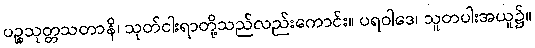
ပဉ္စသုတ္တသတာနိ၊ သုတ်ငါးရာတို့သည်လည်းကောင်း။ ပရဝါဒေ၊ သူတပါးအယူ၌။